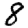
Digit: 8